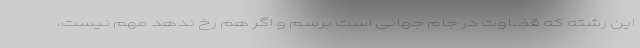
این رشته که قضاوت در جام جهانی است برسم و اگر هم رخ ندهد مهم نیست،